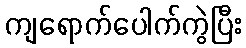
ကျရောက်ပေါက်ကွဲပြီး